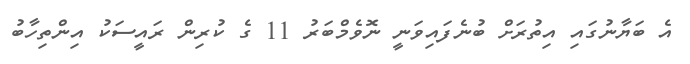
އެ ބަޔާނުގައި އިތުރަށް ބުނެފައިވަނީ ނޮވެމްބަރު 11 ގެ ކުރިން ރައީސަކު އިންތިހާބު